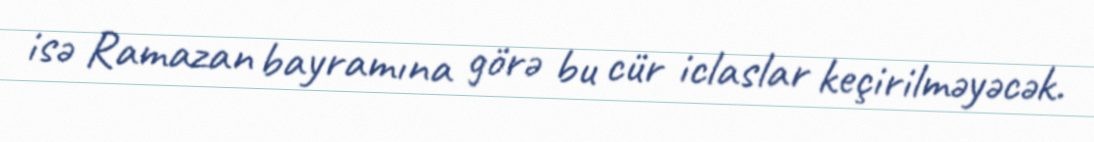
isə Ramazan bayramına görə bu cür iclaslar keçirilməyəcək.